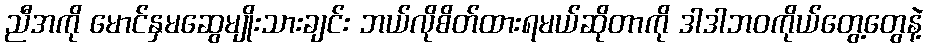
ညီအကို မောင်နှမဆွေမျိုးသားချင်း ဘယ်လိုစိတ်ထားရမယ်ဆိုတာကို ဒါဒါဘဝကိုယ်တွေ့တွေနဲ့